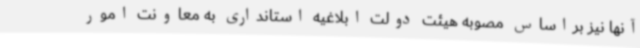
آنها نیز براساس مصوبه هیئت دولت ابلاغیه استانداری به معاونت امور